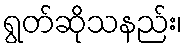
ရွတ်ဆိုသနည်း၊